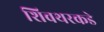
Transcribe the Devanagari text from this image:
शिवथरकडे